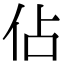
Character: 佔